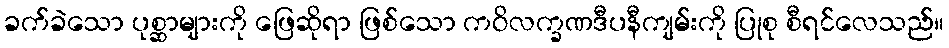
ခက်ခဲသော ပုစ္ဆာများကို ဖြေဆိုရာ ဖြစ်သော ကဝိလက္ခဏဒီပနီကျမ်းကို ပြုစု စီရင်လေသည်။